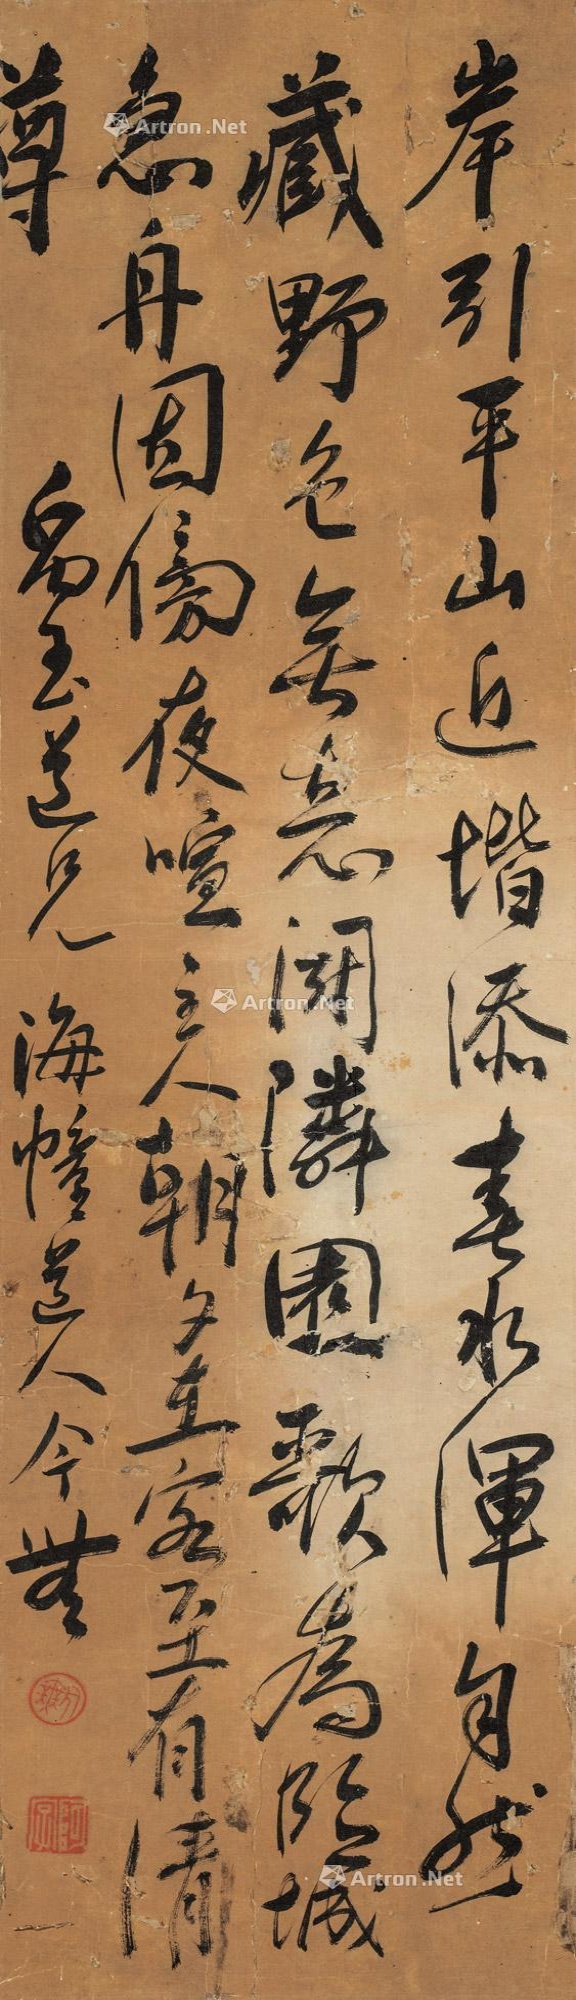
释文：岸引平山近，堦添春水浑。自然藏野色，无意斗怜园，歌为临城急，舟因傍夜喧。主人朝夕在，客至有清尊。禹玉道兄，海幢道人今无。